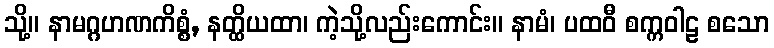
သို့။ နာမဂ္ဂဟဏကိစ္စံ, နတ္ထိယထာ၊ ကဲ့သို့လည်းကောင်း။ နာမံ၊ ပထဝီ စက္ကဝါဠ စသော